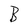
Character: B